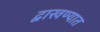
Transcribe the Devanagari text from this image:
द्वाखण्यात